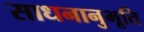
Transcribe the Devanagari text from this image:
साधनानुभूति